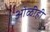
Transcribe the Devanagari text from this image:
ओळीही